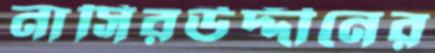
নাসিরউদ্দীনের